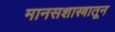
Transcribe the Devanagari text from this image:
मानसशास्त्रातून